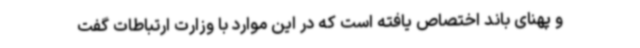
و پهنای باند اختصاص‌ یافته است که در این موارد با وزارت ارتباطات گفت